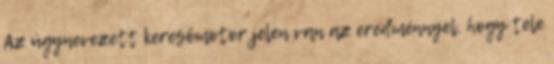
Az úgynevezett keresőmotor jelen van az eredménnyel, hogy tele